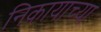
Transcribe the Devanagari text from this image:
निकायाच्या